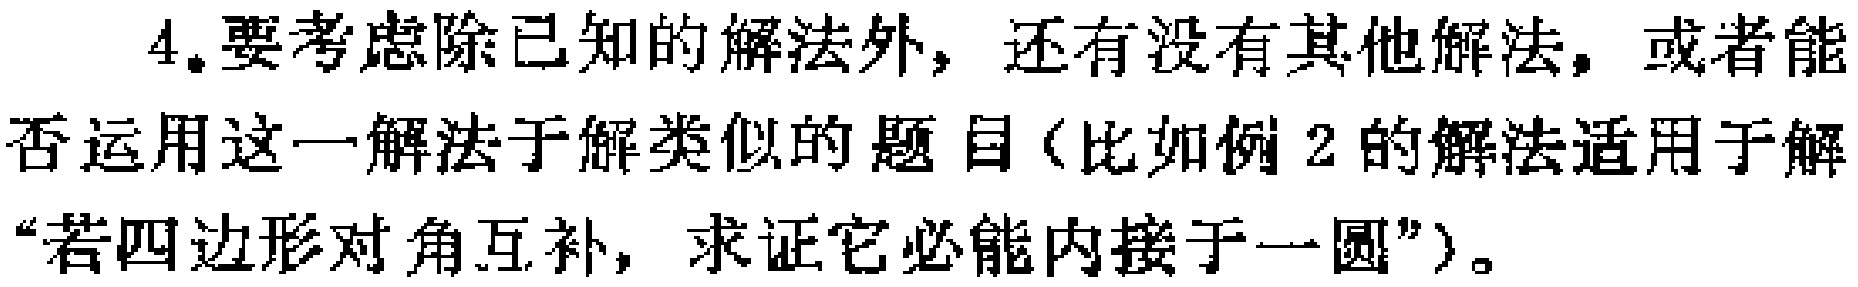
4.要考虑除已知的解法外，还有没有其他解法，或者能否运用这一解法于解类似的题目（比如例2的解法适用于解“若四边形对角互补，求证它必能内接于一圆”）。